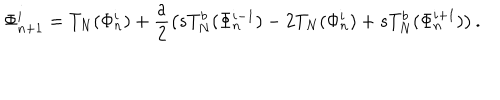
LaTeX: \Phi _ { n + 1 } ^ { i } = T _ { N } ( \Phi _ { n } ^ { i } ) + \frac { a } { 2 } \left( s T _ { N } ^ { b } ( \Phi _ { n } ^ { i - 1 } ) - 2 T _ { N } ( \Phi _ { n } ^ { i } ) + s T _ { N } ^ { b } ( \Phi _ { n } ^ { i + 1 } ) \right) .